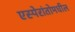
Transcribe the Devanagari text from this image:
एस्पेरांतोमधील